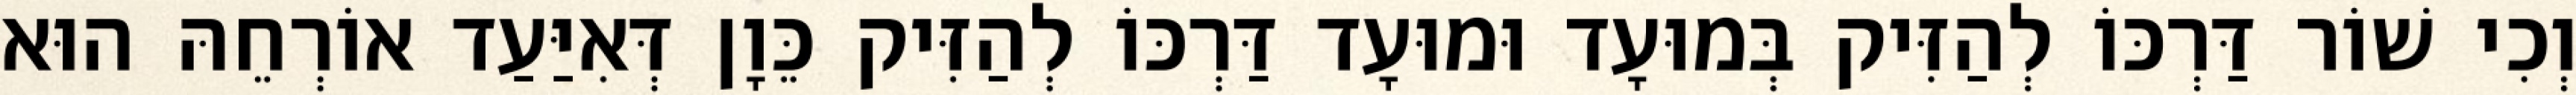
וְכִי שׁוֹר דַּרְכּוֹ לְהַזִּיק בְּמוּעָד וּמוּעָד דַּרְכּוֹ לְהַזִּיק כֵּוָן דְּאִיַּעַד אוֹרְחֵהּ הוּא